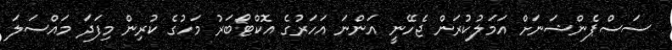
ސަސްޕެންޝަނަށް އަމަލުކުރަން ޖެހޭނީ އަންނަ އަހަރުގެ އޮކްޓޯބަރު މަހުގެ ކުރިން މިފަދަ މައްސަލަ